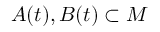
A ( t ) , B ( t ) \subset M